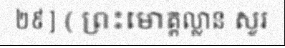
២៩ ] ( ព្រះមោគ្គល្លាន សួរ